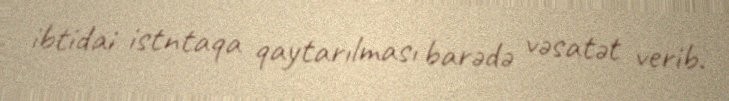
ibtidai istntaqa qaytarılması barədə vəsatət verib.